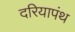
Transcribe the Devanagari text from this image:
दरियापंथ